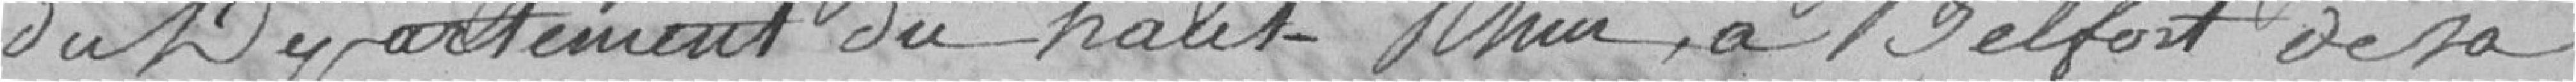
du Département du Haut-Rhin, à Belfort de sa